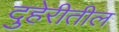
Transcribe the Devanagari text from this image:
दुहेरीतील